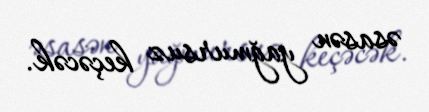
əsasən yağmursuz keçəcək.